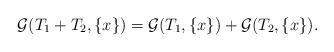
LaTeX: \begin{align*}\mathcal{G}(T_1 + T_2,\{x\}) = \mathcal{G}(T_1,\{x\}) + \mathcal{G}(T_2,\{x\}).\end{align*}